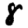
Digit: 8